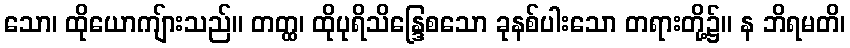
သော၊ ထိုယောကျ်ားသည်။ တတ္ထ၊ ထိုပုရိသိန္ဒြေစသော ခုနစ်ပါးသော တရားတို့၌။ န ဘိရမတိ၊